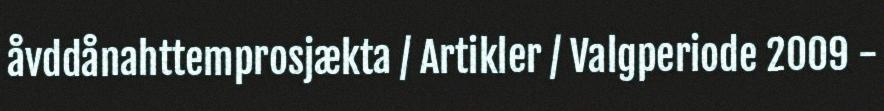
åvddånahttemprosjækta / Artikler / Valgperiode 2009 -